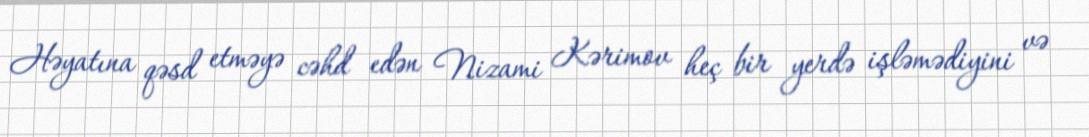
Həyatına qəsd etməyə cəhd edən Nizami Kərimov heç bir yerdə işləmədiyini və